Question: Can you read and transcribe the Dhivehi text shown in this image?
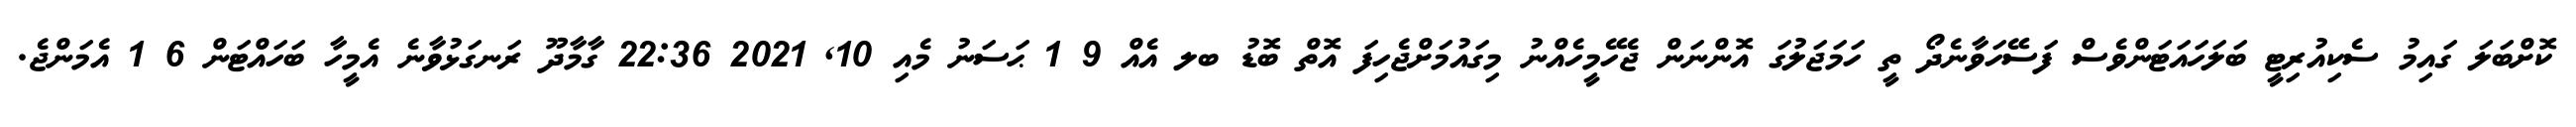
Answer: ކޮށްބަލަ ގައިމު ސެކިއުރިޓީ ބަލަހައަޓަންވެސް ފަސޭހަވާނެދޯ ތީ ހަމަޖަލުގަ އޮންނަން ޖެހޭމީހެއްނު މިގައުމަށްޖެހިފަ އޮތް ބޮޑު ބލ އެއް 9 1 ޙަސަނު މެއި 10, 2021 22:36 ގާމާދޫ ރަނގަޅުވާނެ އެމީހާ ބަހައްޓަން 6 1 އެމަންޖެ.